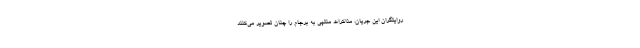
روایتگران این جریان، مذاکرات منتهی به برجام را چنان تصویر می‌کنند